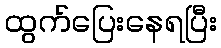
ထွက်ပြေးနေရပြီး